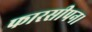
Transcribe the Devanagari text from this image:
फारसीपन।